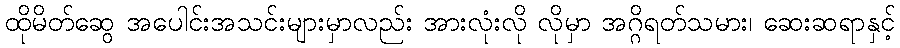
ထိုမိတ်ဆွေ အပေါင်းအသင်းများမှာလည်း အားလုံးလို လိုမှာ အဂ္ဂိရတ်သမား၊ ဆေးဆရာနှင့်